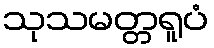
သုသမတ္တရူပံ